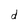
Character: d